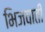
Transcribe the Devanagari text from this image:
भिजवाती